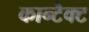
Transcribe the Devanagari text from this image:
कान्टैक्ट